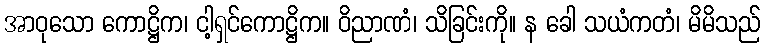
အာဝုသော ကောဋ္ဌိက၊ ငါ့ရှင်ကောဋ္ဌိက။ ဝိညာဏံ၊ သိခြင်းကို။ န ခေါ သယံကတံ၊ မိမိသည်